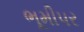
ભૂમીપર